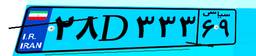
۲۸D۳۳۳۶۹